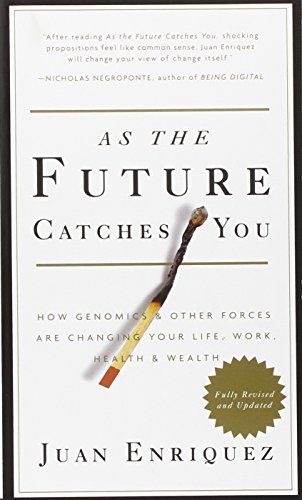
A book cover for As the Future Catches You: How Genomics & Other Forces Are Changing Your Life, Work, Health & Wealth; Juan Enriquez; Science & Math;